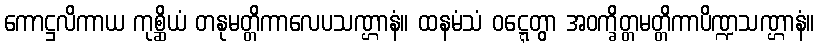
ကောဋ္ဌလိကာယ ကုစ္ဆိယံ တနုမတ္တိကာလေပသဏ္ဌာနံ။ ထနမံသံ ဝဋ္ဋေတွာ အဝက္ခိတ္တမတ္တိကာပိဏ္ဍသဏ္ဌာနံ။